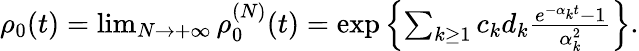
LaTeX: \begin{array}{r}{\rho_{0}(t)=\operatorname*{lim}_{N\to+\infty}\rho_{0}^{(N)}(t)=\exp\left\{ \sum_{k\geq 1}c_{k}d_{k}\frac{e^{-\alpha_{k}t}-1}{\alpha_{k}^{2}}\right\} .}\end{array}